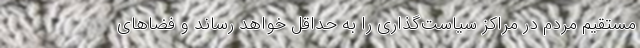
مستقیم مردم در مراکز سیاست‌گذاری را به حداقل خواهد رساند و فضاهای